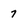
Character: 7